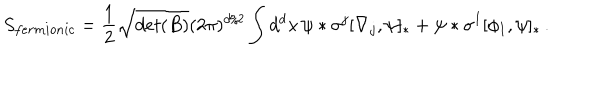
S _ { f e r m i o n i c } = \frac { 1 } { 2 } \sqrt { d e t ( B ) } ( 2 \pi ) ^ { d / 2 } \int d ^ { d } x \, \psi \ast \sigma ^ { j } [ \nabla _ { j } , \psi ] _ { \ast } + \psi \ast \sigma ^ { I } [ \phi _ { I } , \psi ] _ { \ast } \, .